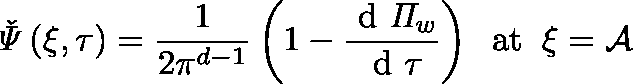
\mathit { \check { \Psi } } \left( \xi , \tau \right) = \frac { 1 } { 2 \pi ^ { d - 1 } } \left( 1 - \frac { \mathrm { ~ d ~ } \mathit { \Pi } _ { w } } { \mathrm { ~ d ~ } \tau } \right) \; \; \mathrm { a t } \; \; \xi = \mathcal { A }